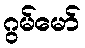
ဂွမ်မော်